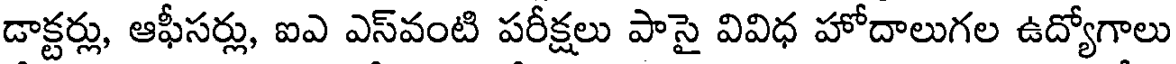
డాక్టర్లు, ఆఫీసర్లు, ఐఎ ఎస్వంటి పరీక్షలు పాసై వివిధ హోదాలుగల ఉద్యోగాలు